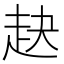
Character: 赽